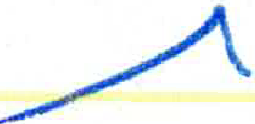
אות: ת